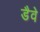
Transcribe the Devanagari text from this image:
डैवे